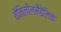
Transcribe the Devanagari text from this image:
वेनिलीलमैंडेलिक